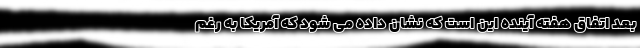
بعد اتفاق هفته آینده این است که نشان داده می شود که آمریکا به رغم